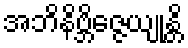
အဘိနိဗ္ဘိဇ္ဇေယျုန္တိ